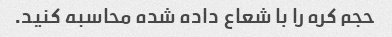
حجم کره را با شعاع داده شده محاسبه کنید.